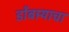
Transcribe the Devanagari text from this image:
डोंबार्‍याचा